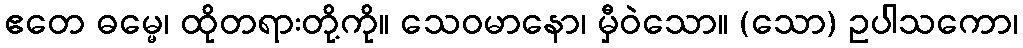
ဧတေ ဓမ္မေ၊ ထိုတရားတို့ကို။ သေဝမာနော၊ မှီဝဲသော။ (သော) ဥပါသကော၊